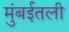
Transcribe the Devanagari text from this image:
मुंबईतली